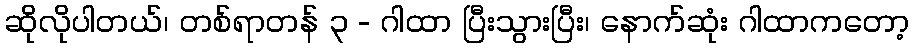
ဆိုလိုပါတယ်၊ တစ်ရာတန် ၃ - ဂါထာ ပြီးသွားပြီး၊ နောက်ဆုံး ဂါထာကတော့